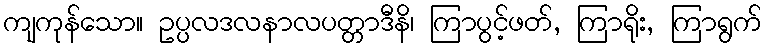
ကျကုန်သော။ ဥပ္ပလဒလနာလပတ္တာဒီနိ၊ ကြာပွင့်ဖတ်, ကြာရိုး, ကြာရွက်